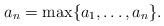
LaTeX: \begin{align*} a_n=\max\{a_1,\dots,a_n\}.\end{align*}